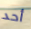
أحد